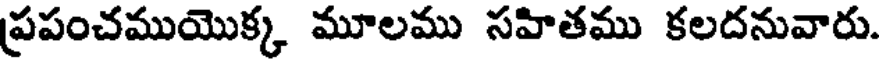
ప్రపంచముయొక్క మూలము సహితము కలదనువారు.